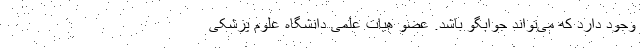
وجود دارد که می‌تواند جوابگو باشد. عضو هیات علمی دانشگاه علوم پزشکی